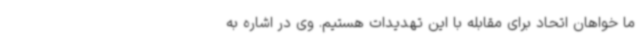
ما خواهان اتحاد برای مقابله با این تهدیدات هستیم. وی در اشاره به